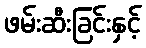
ဖမ်းဆီးခြင်းနှင့်